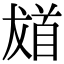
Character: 𩠙